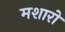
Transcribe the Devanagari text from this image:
मशारो